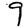
Digit: 9